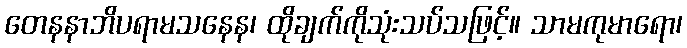
တေနနာဘိပရာမသနေန၊ ထိုချက်ကိုသုံးသပ်သဖြင့်။ သာမကုမာရော၊